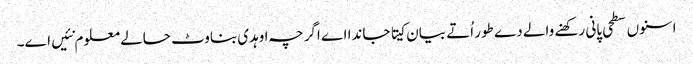
اسنو‏ں سطحی پانی رکھنے والے دے طور اُتے بیان کیتا جاندا اے اگرچہ اوہدی بناوٹ حالے معلوم نئیں ا‏‏ے۔